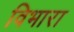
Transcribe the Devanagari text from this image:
विभारा